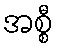
အစ္စီ